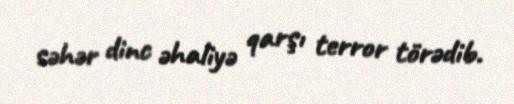
səhər dinc əhaliyə qarşı terror törədib.